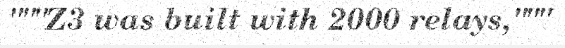
"""Z3 was built with 2000 relays,"""